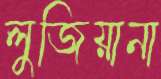
লুজিয়ানা